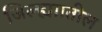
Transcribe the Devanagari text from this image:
जिल्ह्याातील